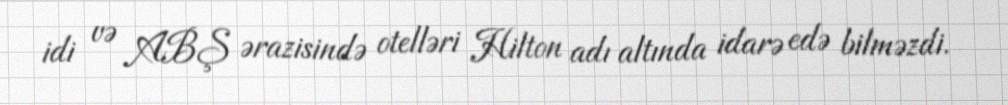
idi və ABŞ ərazisində otelləri Hilton adı altında idarə edə bilməzdi.